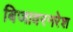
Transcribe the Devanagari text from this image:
बिजावरनरेश